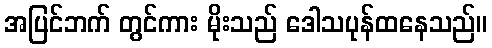
အပြင်ဘက် တွင်ကား မိုးသည် ဒေါသပုန်ထနေသည်။